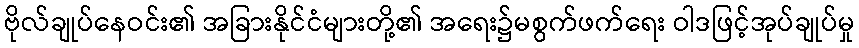
ဗိုလ်ချုပ်နေဝင်း၏ အခြားနိုင်ငံများတို့၏ အရေး၌မစွက်ဖက်ရေး ဝါဒဖြင့်အုပ်ချုပ်မှု